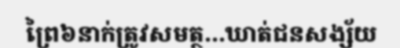
ព្រៃ៦នាក់ត្រូវសមត្ថ...ឃាត់ជនសង្ស័យ